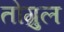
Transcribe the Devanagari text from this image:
तोग्रुल